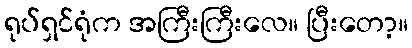
ရုပ်ရှင်ရုံက အကြီးကြီးလေ။ ပြီးတော့။